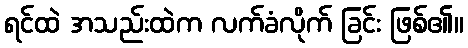
ရင်ထဲ အသည်းထဲက လက်ခံလိုက် ခြင်း ဖြစ်၏။